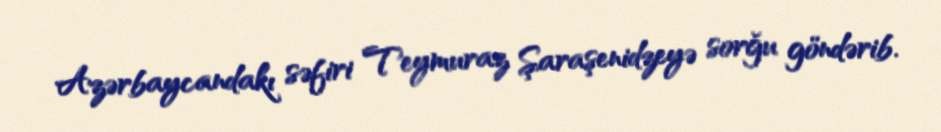
Azərbaycandakı səfiri Teymuraz Şaraşenidzeyə sorğu göndərib.